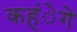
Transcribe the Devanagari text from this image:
कहंेगे